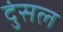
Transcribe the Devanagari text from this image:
दुंसल